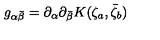
g _ { \alpha \bar { \beta } } = \partial _ { \alpha } \partial _ { \bar { \beta } } K ( \zeta _ { a } , \bar { \zeta } _ { b } )